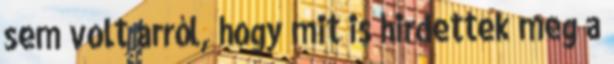
sem volt arról, hogy mit is hirdettek meg a